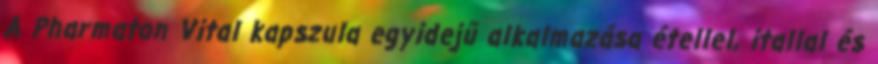
A Pharmaton Vital kapszula egyidejű alkalmazása étellel, itallal és